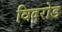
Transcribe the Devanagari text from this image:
विदरोड